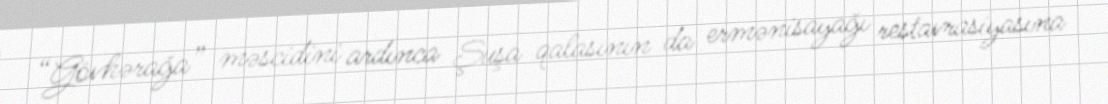
“Gövhərağa” məscidini ardınca Şuşa qalasının da ermənisayağı restavrasiyasına